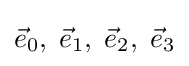
{\vec {e}}_{0},\;{\vec {e}}_{1},\;{\vec {e}}_{2},\;{\vec {e}}_{3}